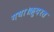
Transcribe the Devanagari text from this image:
गया।क़ुदरत